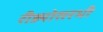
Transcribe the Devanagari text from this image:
रीड्योसरभी